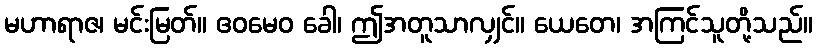
မဟာရာဇ၊ မင်းမြတ်။ ဧဝမေဝ ခေါ၊ ဤအတူသာလျှင်။ ယေတေ၊ အကြင်သူတို့သည်။